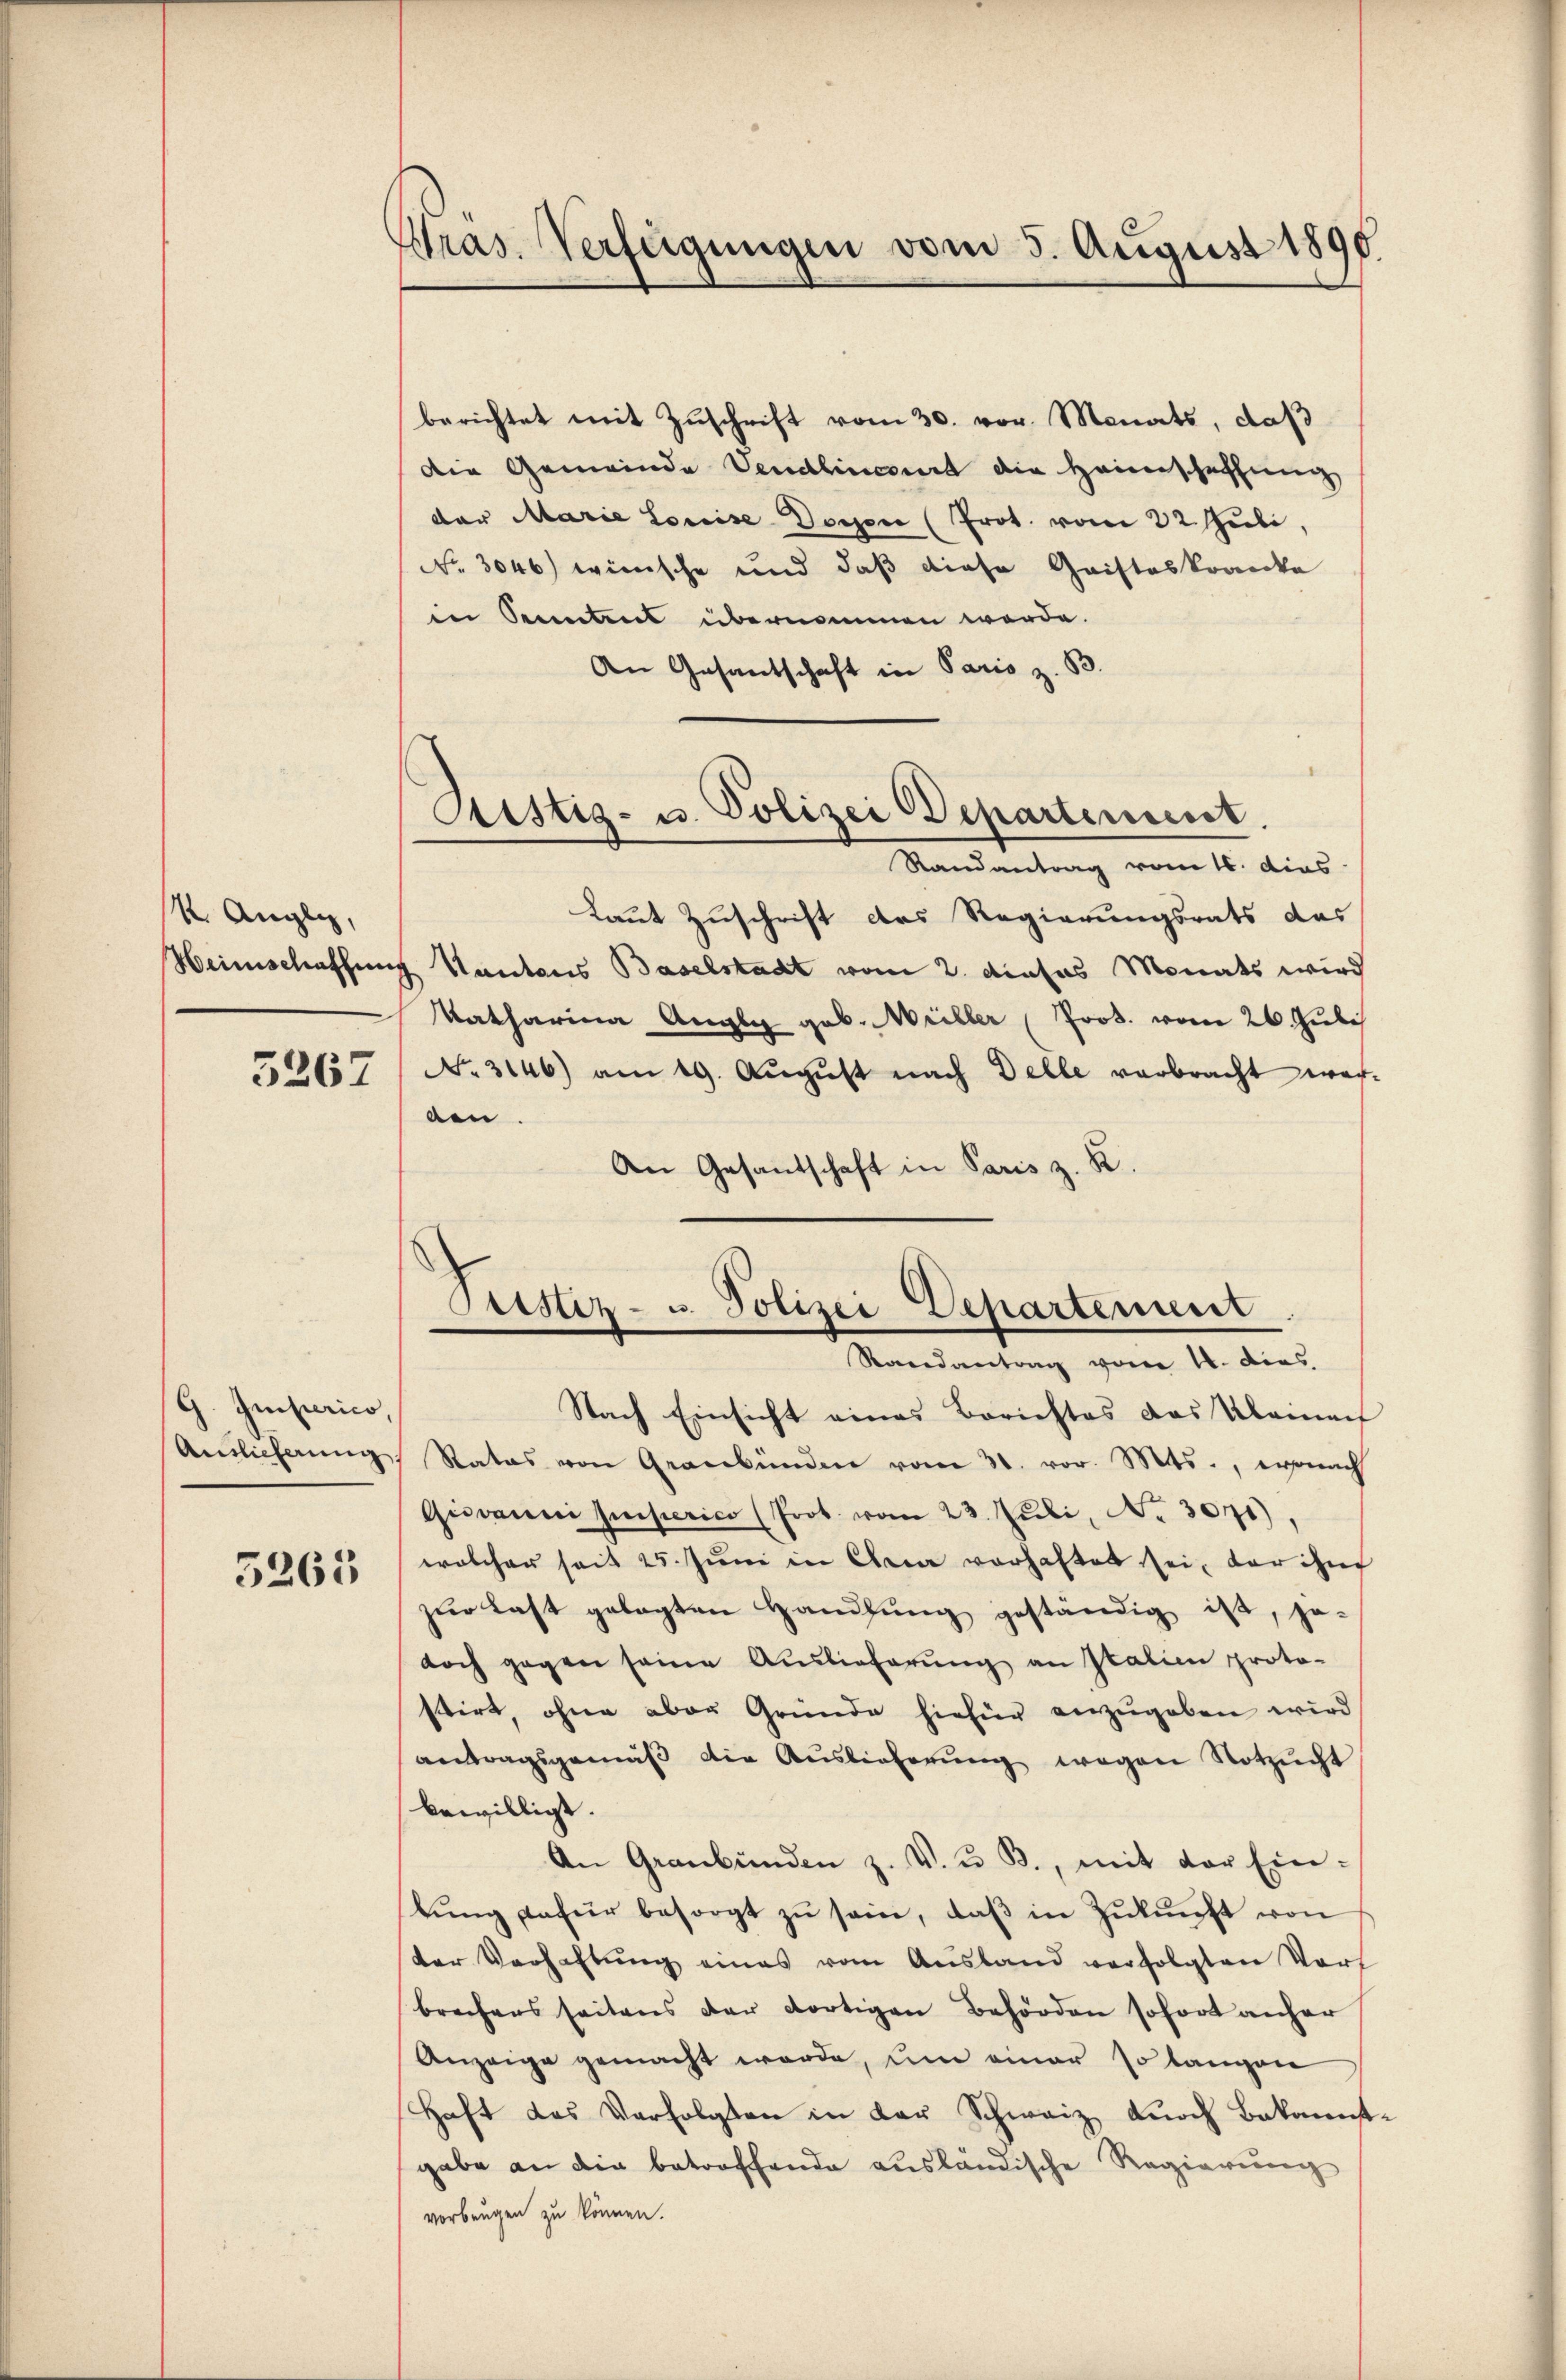
R. Angli,

3267

G. Imperico,

3263

Pras. Verfügungen vom 5. August 1896.

Aristig- u. Polizei Departement.

berichtet mit Zŭschrift vom 30. vor. Monats, daß
die Gemeinde Vendlincourt die Heimschaffung
der Marie Louise Dorn (Prot. vom 22. Juli,
No. 3046) wünsche und daß diese Gaisteskranke
in Sonntens übernommen werde.
An Gesantschaft in Paris z. B.
Randantrag vom 16. dies
Laut Zuschrift des Regierungsrats das
Heimschaffung Kantons Baselstadt vom 2. dieses Monats wird
Katharina Angly geb. Müller (Prod. vom 26. Juli
No. 3146) am 19. Aŭgŭst nach Delle verbracht wer-
den.
An Gesandschaft in Paris z. B.
Antlicherŭng, Rates von Graubünden vom 31. vor. Mts., ersonach
Giovanni superico (Prot. vom 23. Juli, No. 3071).
welcher seit 25. Jŭni in Anna vorhaftet sei, der ihm
zŭr Last gelegten Handlŭng geständig ist, je-
doch gegen seine Auslieferung an Italien proto-
stirt, ohne aber Gründe hiefür anzŭgeben wird
antragsgemäß die Auslieferung wegen Notzucht
bewilligt.
An Graubünden z. V. u. B., mit der Ein-
bŭng dafür besorgt zŭ sein, daβ in Zŭkŭnft von
der Verhaltŭng eines vom Aŭsland verfolgten Vort
brechens seitens der dortigen Behörden sofort anher
Anzeige gemacht werde, um einer so langen
Haft des Verfolgten in der Schweiz durch Bekannt
gabe an die betroffende ausländische Regierung
vorbeugen zu können.

Peistiz- u. Polizei Departement
Randantrag vom 10. dies
Nach Einsicht eines Berichtes das Kleine